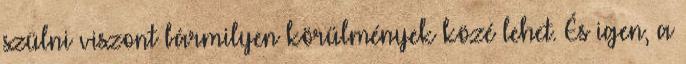
szülni viszont bármilyen körülmények közé lehet. És igen, a